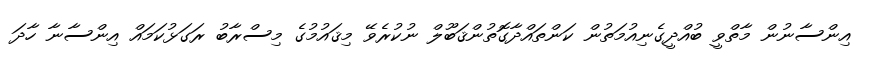
އިންސާނުން މާތްވީ ބުއްދީގެނިއުމަތުން ކަންތައްދާގޮތުންޤަބޫލް ނުކުރެވޭ މިޤައުމުގެ މިސްރާބު ރަގަޅުކަމައް އިންސާނާ ހާދަ